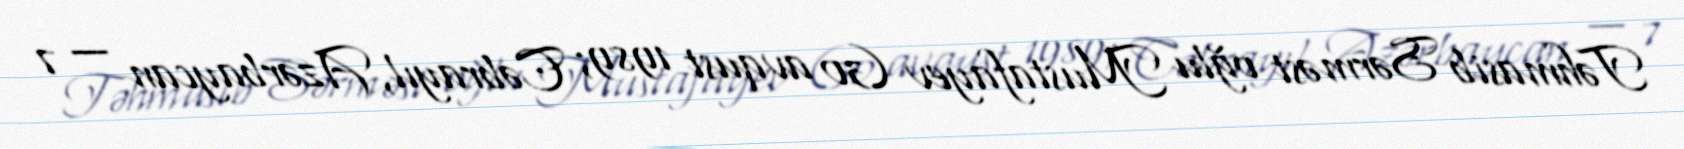
Təhmasib Sərməst oğlu Mustafayev (30 avqust 1989; Cəbrayıl, Azərbaycan — 7